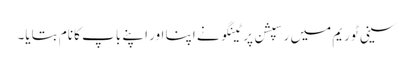
سینی ٹوریم میں رسپشن پر ٹینگو نے اپنا اور اپنے باپ کا نام بتایا۔